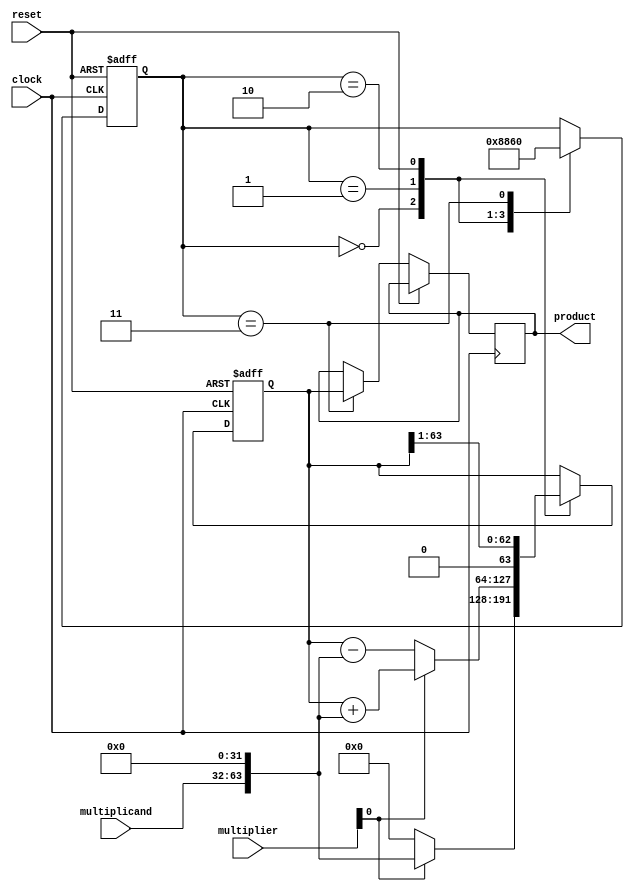
module booth_multiplier(
    input wire clock,
    input wire reset,
    input wire [31:0] multiplicand,
    input wire [31:0] multiplier,
    output reg [63:0] product
);

reg [63:0] partial_product;
reg [4:0] state;

always @(posedge clock or posedge reset) begin
    if (reset) begin
        state <= 0;
        partial_product <= 0;
    end else begin
        case(state)
            0: begin
                if (multiplier[0] == 1) begin
                    partial_product <= (multiplicand << 32);
                end else begin
                    partial_product <= 0;
                end
                state <= 1;
            end
            1: begin
                if (multiplier[0] == 1) begin
                    partial_product <= partial_product + (multiplicand << 32);
                end else begin
                    partial_product <= partial_product - (multiplicand << 32);
                end
                state <= 2;
            end
            2: begin
                partial_product <= partial_product >> 1;
                state <= 3;
            end
            3: begin
                product <= partial_product;
                state <= 0;
            end
        endcase
    end
end

endmodule